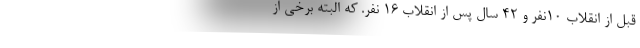
قبل از انقلاب 10نفر و 42 سال پس از انقلاب 16 نفر. که البته برخی از